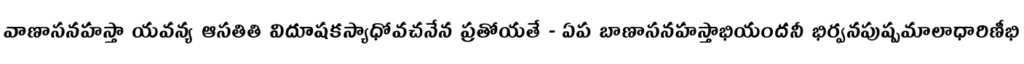
వాణాసనహస్తా యవన్య ఆసతితి విదూషకస్యాధోవచనేన ప్రతోయతే - ఏప బాణాసనహస్తాభియందనీ భిర్వనపుష్పమాలాధారిణీభి